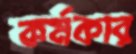
কর্মকার